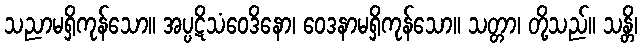
သညာမရှိကုန်သော။ အပ္ပဋိသံဝေဒိနော၊ ဝေဒနာမရှိကုန်သော။ သတ္တာ၊ တို့သည်။ သန္တိ၊